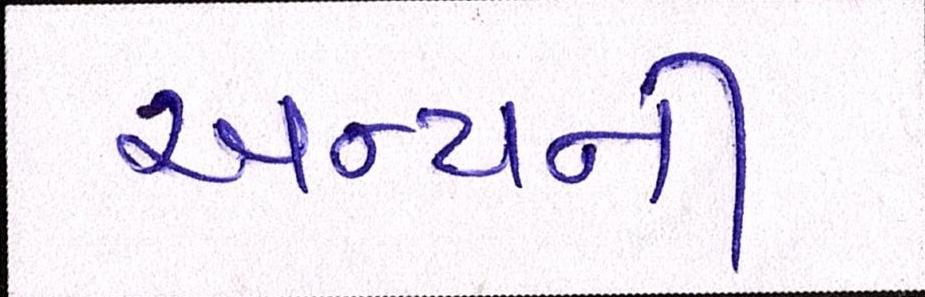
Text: અન્યની